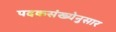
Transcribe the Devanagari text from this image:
पदकसंख्येनुसार